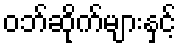
ဝဘ်ဆိုက်များနှင့်